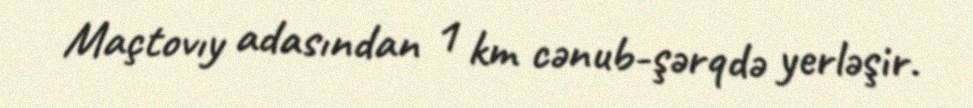
Maçtovıy adasından 1 km cənub-şərqdə yerləşir.